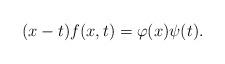
LaTeX: \begin{align*}(x-t)f(x, t) = \varphi(x) \psi(t).\end{align*}